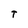
Character: T